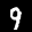
Label: 9